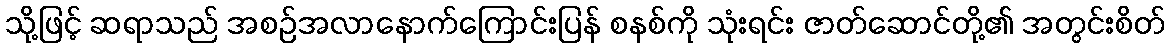
သို့ဖြင့် ဆရာသည် အစဉ်အလာနောက်ကြောင်းပြန် စနစ်ကို သုံးရင်း ဇာတ်ဆောင်တို့၏ အတွင်းစိတ်